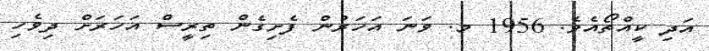
އަދި ކީއްތޯއެވެ. 1956 މ. ވަނަ އަހަރުން ފެށިގެން ތިރީސް އަހަރަށް ދިވެހި